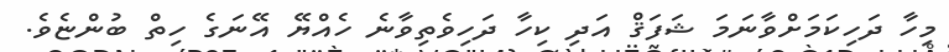
މިހާ ދަހިކަމަށްވާނަމަ ޝަފަޤް އަދި ކިހާ ދަހިވެތިވާނެ ހެއްޔޭ އޭނަގެ ހިތް ބުންޏެވެ.